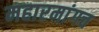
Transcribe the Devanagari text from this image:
महारमांगच